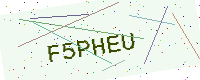
Text: F5PHEU